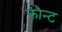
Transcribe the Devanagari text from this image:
फौन्ट